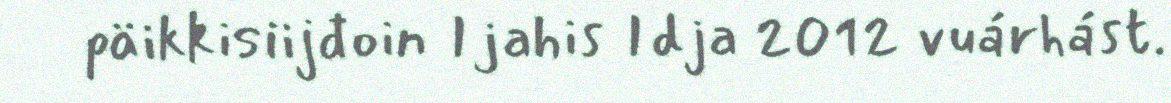
päikkisiijđoin Ijahis Idja 2012 vuárhást.